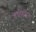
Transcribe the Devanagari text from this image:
प्रशंशनीय